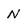
Character: N